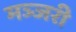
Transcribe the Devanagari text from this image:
मञ्जरी